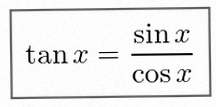
\tan x=\frac{\sin x}{\cos x}